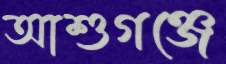
আশুগঞ্জে